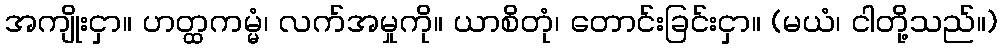
အကျိုးငှာ။ ဟတ္ထကမ္မံ၊ လက်အမှုကို။ ယာစိတုံ၊ တောင်းခြင်းငှာ။ (မယံ၊ ငါတို့သည်။)